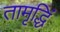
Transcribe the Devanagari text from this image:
तामृद्धिं